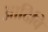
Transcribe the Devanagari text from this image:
आदिवि